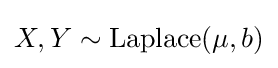
X,Y\sim {\textrm {Laplace}}(\mu ,b)